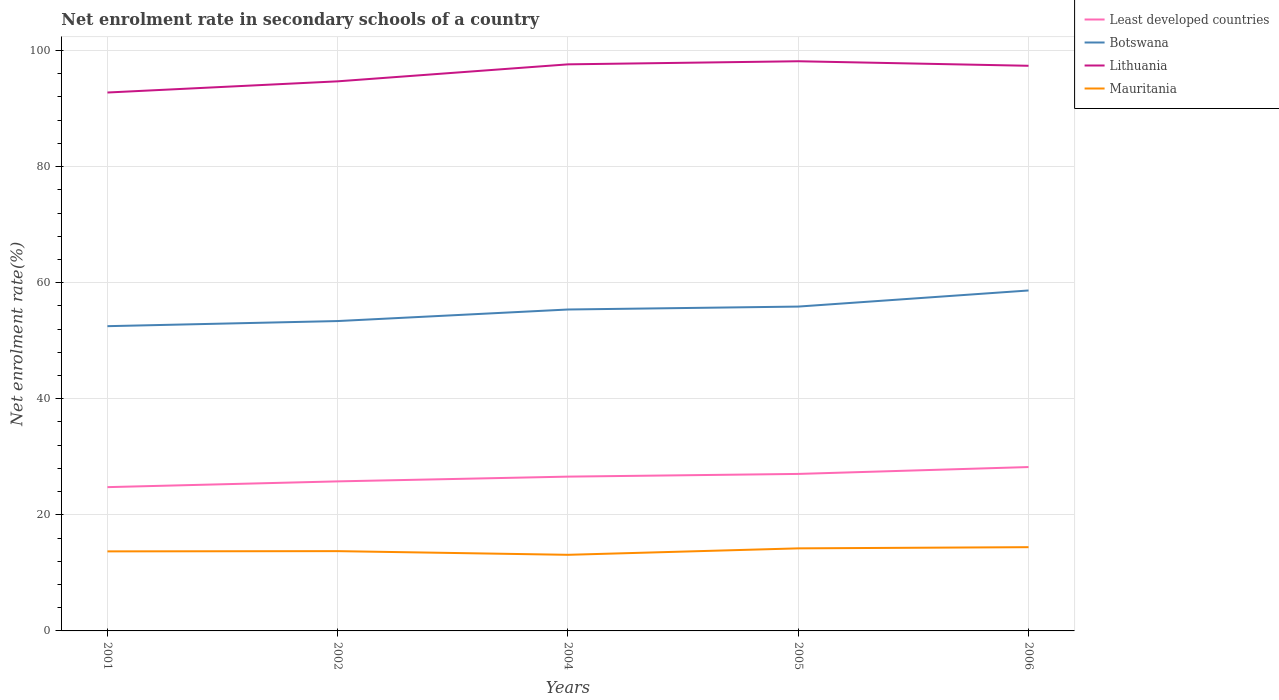
| Years | Least developed countries | Botswana | Lithuania | Mauritania |
 | --- | --- | --- | --- | --- |
 | 2001 | 24.8 | 52.5 | 92.8 | 13.7 |
 | 2002 | 25.8 | 53.4 | 94.7 | 13.7 |
 | 2004 | 26.6 | 55.4 | 97.6 | 13.1 |
 | 2005 | 27 | 55.9 | 98.1 | 14.2 |
 | 2006 | 28.2 | 58.7 | 97.4 | 14.4 |